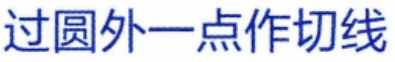
过圆外一点作切线